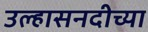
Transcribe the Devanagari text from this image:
उल्हासनदीच्या